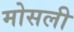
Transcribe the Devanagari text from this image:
मोसली